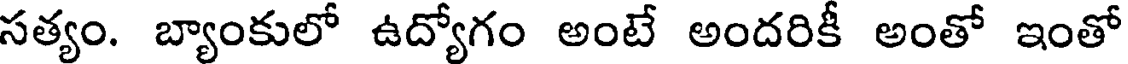
సత్యం. బ్యాంకులో ఉద్యోగం అంటే అందరికీ అంతో ఇంతో